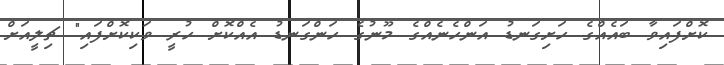
ކޮށްފައިވާ ބައެއްގެ ހަށިގަނޑު އަންހެނެއްގެ މޫނުގެ ހަންގަނޑު އެއްކޮށް ހުރީ ވަކިކޮށްފައި" ޗިލީއަށް